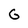
Character: G